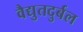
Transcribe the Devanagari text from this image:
वैद्युतदुर्बल